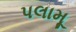
પલામૂ